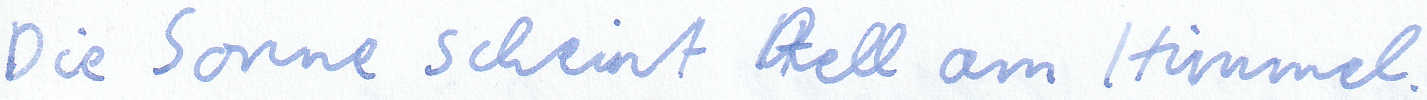
Die Sonne scheint hell am Himmel.